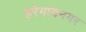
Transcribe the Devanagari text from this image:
हरेगावनगर